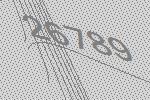
26789